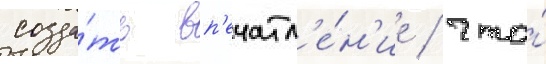
созда́ть вп'ечатл'е́н'ие / что́